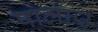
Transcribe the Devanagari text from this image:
पालाउ